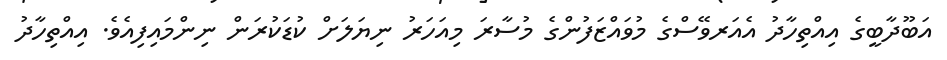
އަބޫދާބީގެ އިއްތިހާދު އެއަރވޭސްގެ މުވައްޒަފުންގެ މުސާރަ މިއަހަރު ނިޔަލަށް ކުޑަކުރަން ނިންމައިފިއެވެ. އިއްތިހާދު